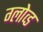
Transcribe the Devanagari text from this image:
ग्लोव्ड